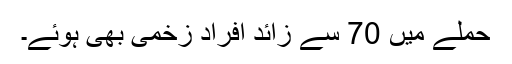
حملے میں 70 سے زائد افراد زخمی بھی ہوئے۔